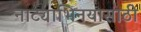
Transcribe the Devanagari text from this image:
नाट्याभिनयासाठी